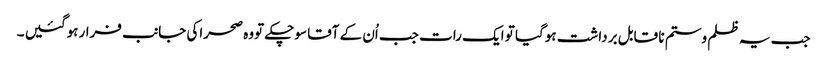
جب یہ ظلم وستم نا قابل برداشت ہوگیا تو ایک رات جب اُن کے آقا سوچکے تووہ صحراکی جانب فرارہوگئیں ۔